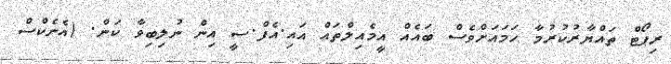
ރިޕޯޓް ތައްޔާރުކުރުމާ ހަމައަށްވެސް ބައެއް އީމެއިލްތައް އައި.އެފް.ސީ އިން ނުލިބިވާ ކަން. (އެނެކްސް